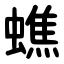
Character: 蟭